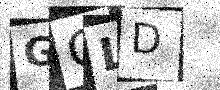
Text: GCLD